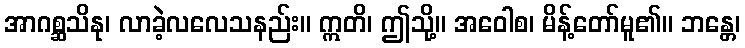
အာဂစ္ဆသိနု၊ လာခဲ့လလေသနည်း။ ဣတိ၊ ဤသို့။ အဝေါစ၊ မိန့်တော်မူ၏။ ဘန္တေ၊